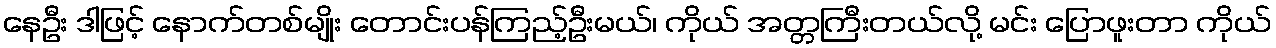
နေဦး ဒါဖြင့် နောက်တစ်မျိုး တောင်းပန်ကြည့်ဦးမယ်၊ ကိုယ် အတ္တကြီးတယ်လို့ မင်း ပြောဖူးတာ ကိုယ်